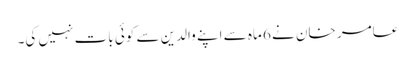
عامر خان نے 6 ماہ سے اپنے والدین سے کوئی بات نہیں کی۔